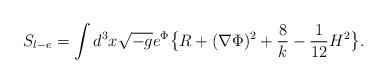
LaTeX: \begin{align*}S_{l-e} = \int d^3 x \sqrt{-g} e^{\Phi} \big \{ R + (\nabla \Phi)^2 + {8 \over k} - {1 \over 12} H^2 \big \}.\end{align*}